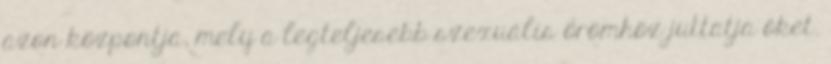
azon központja, mely a legteljesebb szexuális örömhöz juttatja őket.